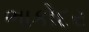
ભાકોદર